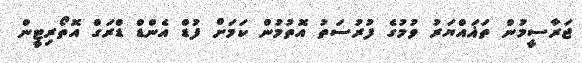
ޖަރާސީމުން ތަޣައްޔަރު ވުމުގެ ފުރުސަތު އޮތުމުން ކަމަށް ފުޑް އެންޑް ޑްރަގް އޮތޯރިޓީން